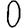
Digit: 0